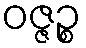
ဝဇ္ဇဉ္စ